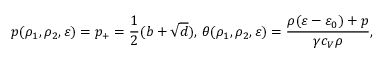
p ( \rho _ { 1 } , \rho _ { 2 } , \varepsilon ) = p _ { + } = \frac 1 2 ( b + \sqrt { d } ) , \, \theta ( \rho _ { 1 } , \rho _ { 2 } , \varepsilon ) = \frac { \rho ( \varepsilon - \varepsilon _ { 0 } ) + p } { \gamma c _ { V } \rho } ,